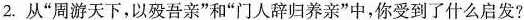
2.从”周游天下，以殁吾亲”和”门人辞归养亲”中，你受到了什么启发?